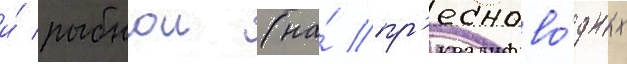
и́ рыбнои (на́ пр'есново́дных